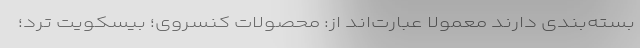
بسته‌بندی دارند معمولا عبارت‌اند از: محصولات کنسروی؛ بیسکویت ترد؛